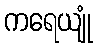
ကရေယျုံ